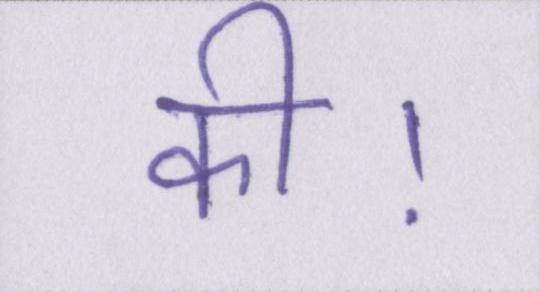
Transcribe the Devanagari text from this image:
की।